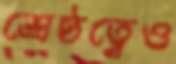
শ্রেষ্ঠত্বেও